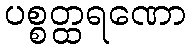
ပစ္စတ္ထရဏော